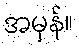
အမှန်။